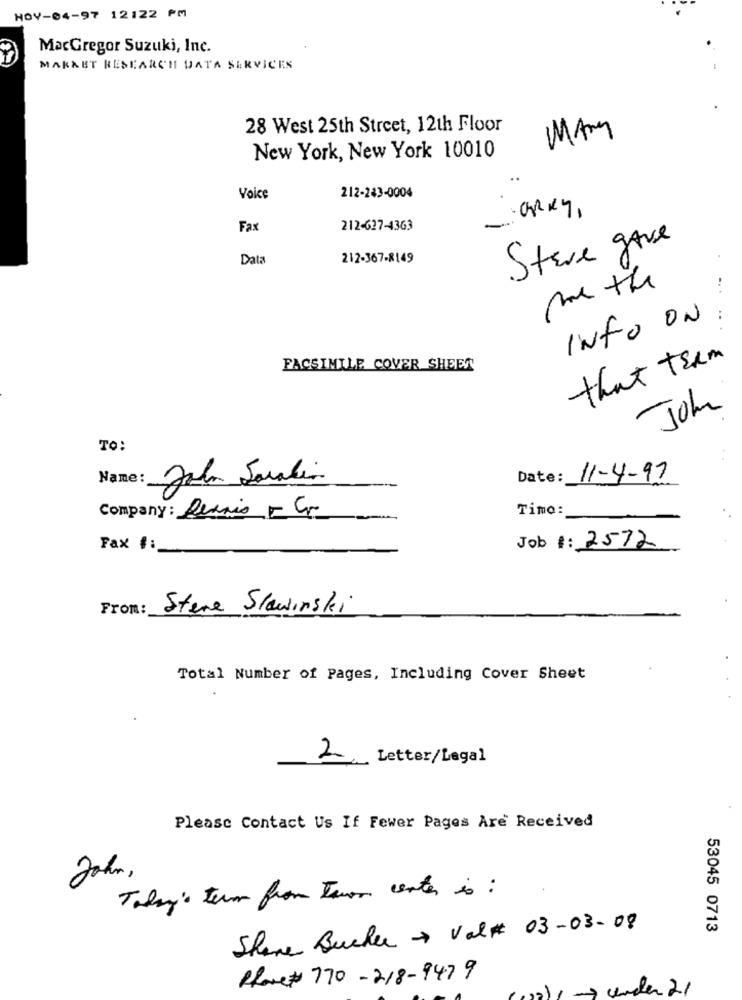
HOY-04-97 12122 PM
MacGregor Suzuki, Inc.
MARKET RESEARCH DATA SERVICES
28 West 25th Street, 12th Floor
MANY
New York, New York 10010
Voice
212-243-0004
CARRY ,
Fa
212-627-4363
Steve gave
Data
212-367-8149
me the
INFO ON
that team
FACSIMILE COVER SHEET
John
TO:
Name:
John Sarabia
Date:
11-4-97
Company: Reais - Cr
Timo:
Job #: 2572
Fax #:
From:
Stere Slawinski
Total Number of Pages, Including Cover Sheet
2.
Letter/Legal
Please Contact Us If Fewer Pages Are Received
John,
Today's term from Twor center is :
Shane Bucher > Val# 03-03-08
53045 0713
Rlove# 770-218-9479
1, 7 under 21